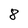
Character: 8